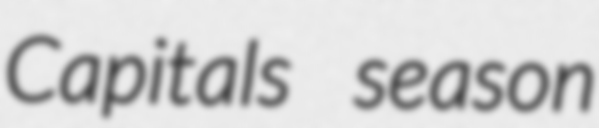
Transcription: Capitals season